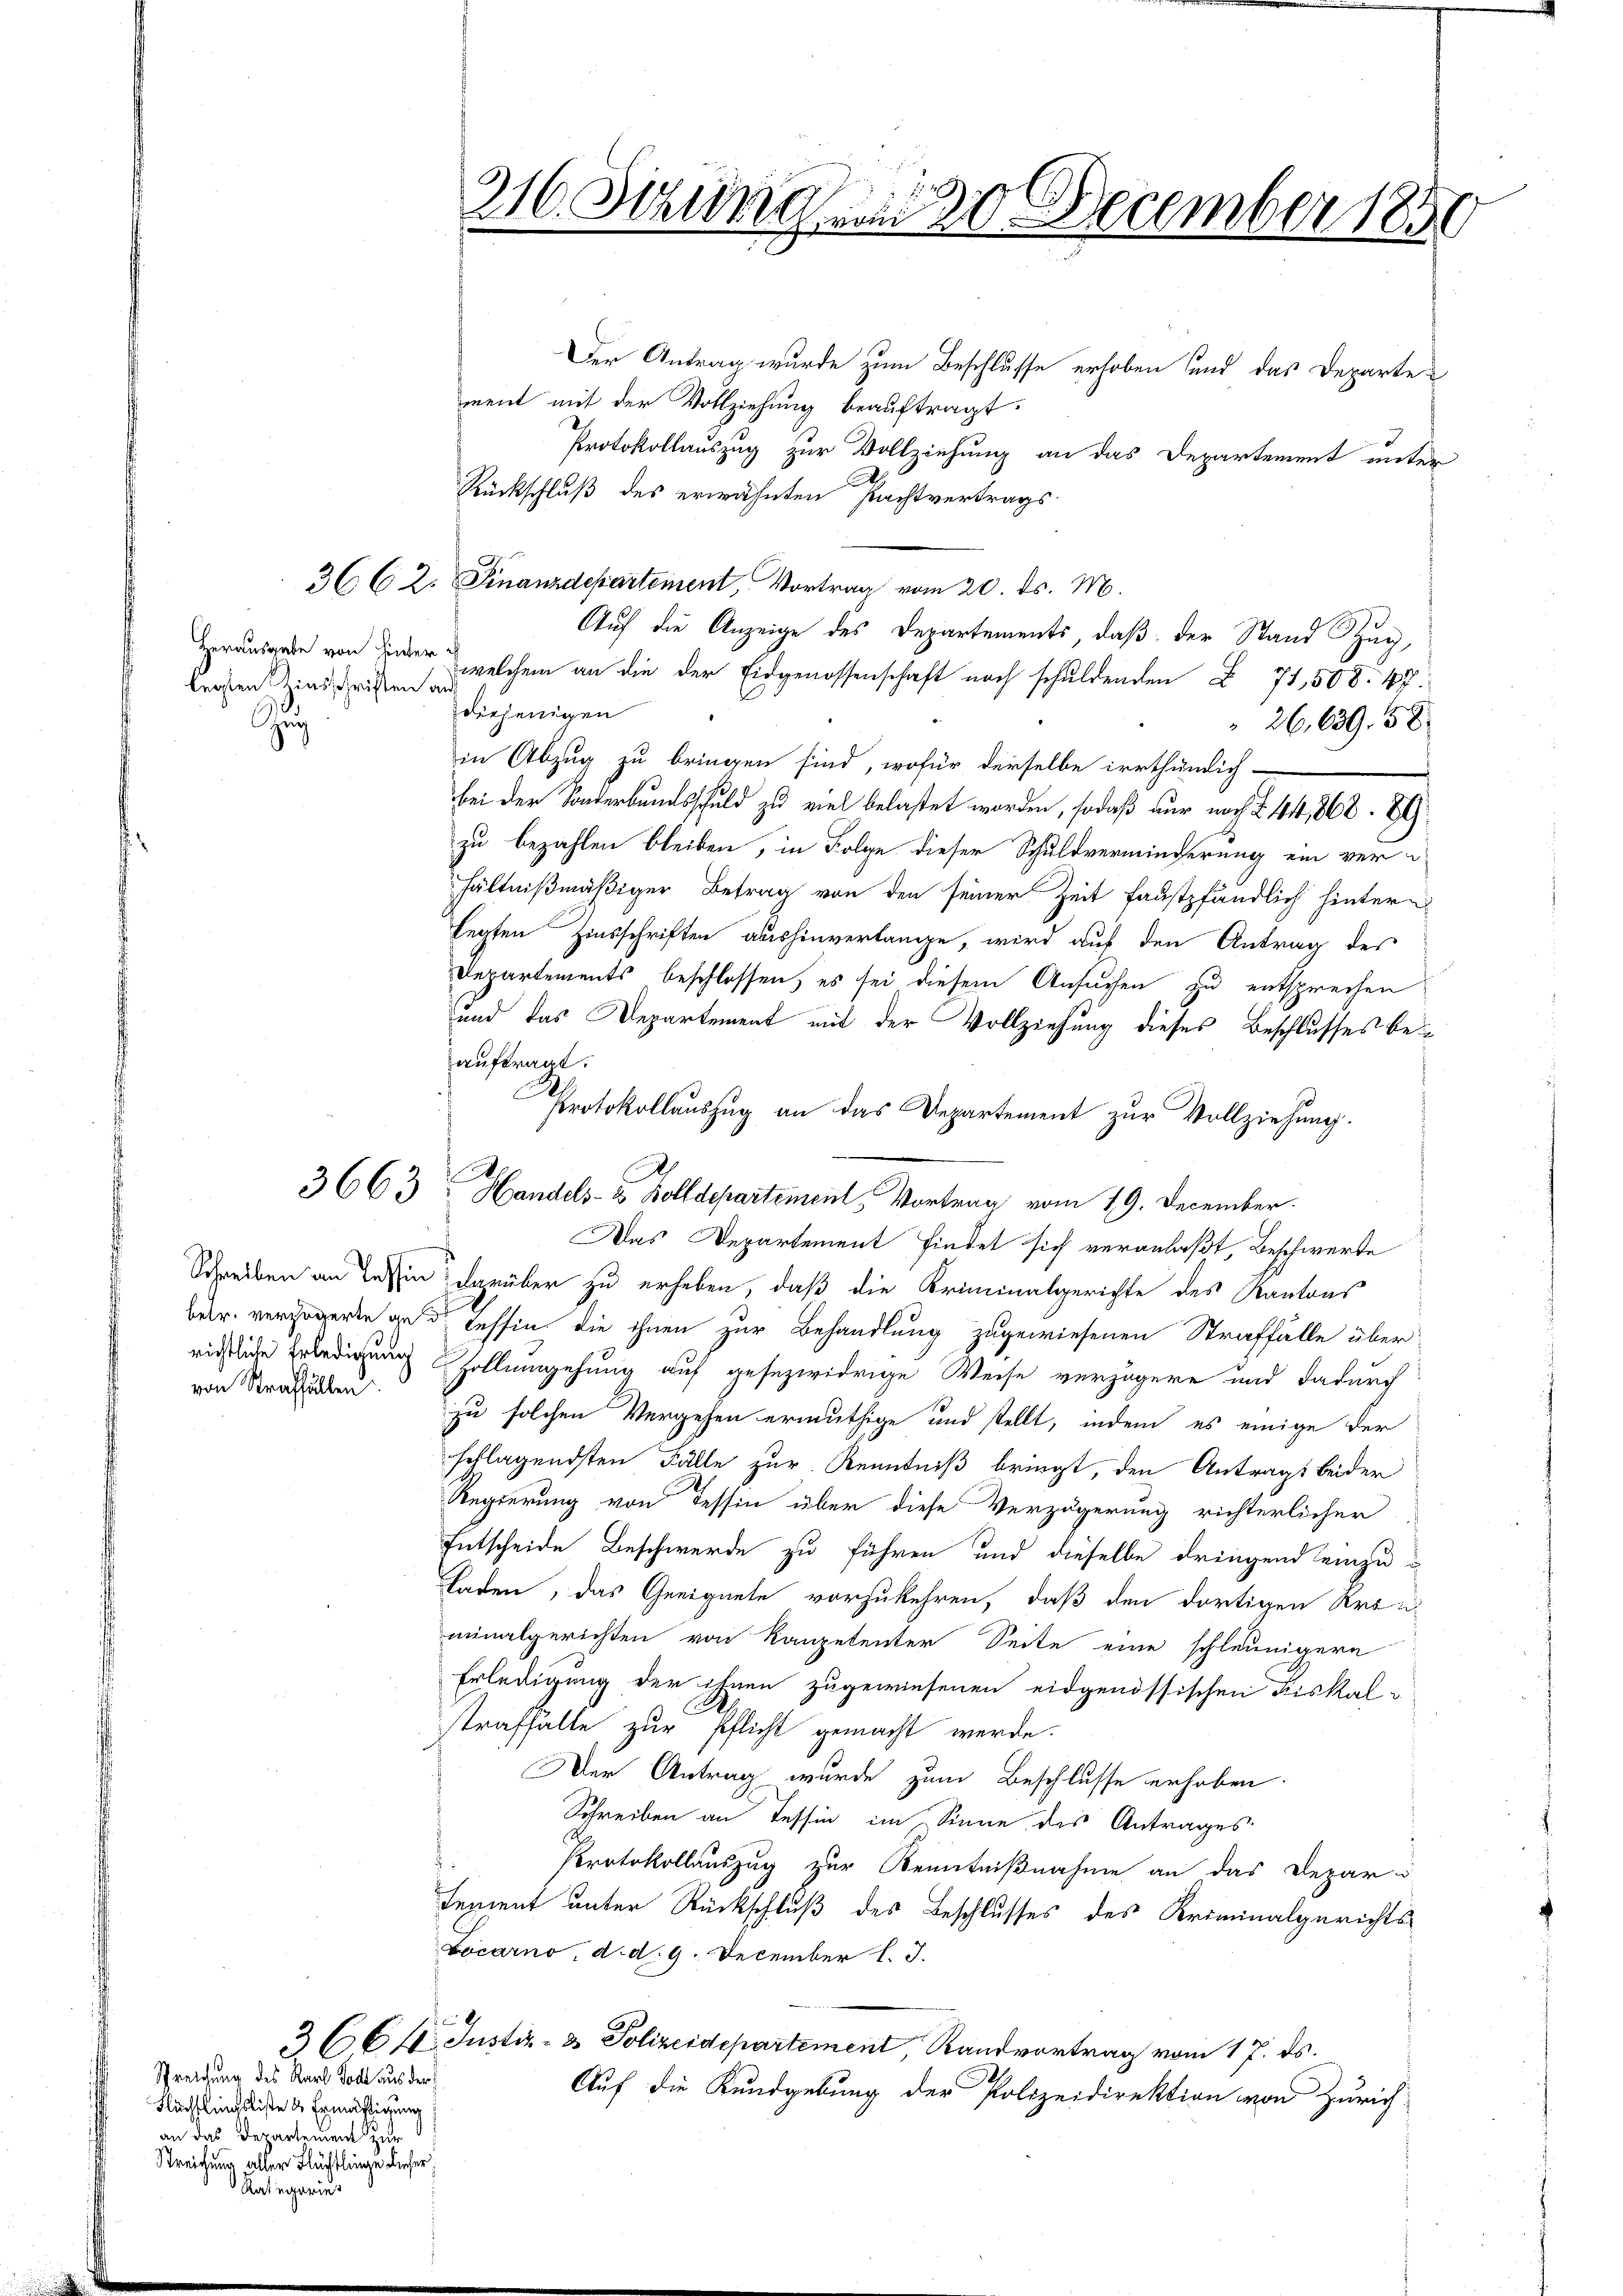
legsten Zinsschriften auf
Zu

von Straffällen

Sreichung des Karl Todt aus der
Flüchtlingsliste u Ermäßigung
an das Departement zur
Streichung aller Flüchtlinge dieser
Rategories

Der Antrag wurde zum Beschlusse erhoben und das Departe
ment mit der Vollziehung beauftragt.
Protokollauszug zur Vollziehung an das Departement unter
Rückschluß des erwähnten Pachtvertrags
36 C 2. Finanzdepartement, Vortrag vom 20. ds. M.
Auf die Anzeige des Departements, daß der Stand Zug,
Herausgabe von der welchem an die der Eidgenossenschaft noch schuldenden § 71,508. 47.
diejenigen
26,639. 58
in Abzug zu bringen sind, wofür derselbe irrthümlich-
bei der Sonderbundsschuld zu viel belastet worden, sodaß nur noch § 44, 862. 89
zu bezahlen bleiben, in Folge dieser Schuldverminderung ein verhältnißmäßiger Betrag von den seiner Zeit faustpfändlich hintern
legten Zinsschriften aushinverlange, wird auf den Antrag des
Departements beschlossen, es sei diesem Ansuchen zu entsprechen
und das Departement mit der Vollziehung dieses Beschlusses bei
auftragt.
Protokollauszug an das Departement zur Vollziehung.
Das Departement findet sich veranlaßt, Beschwerte
Schreiben an dessen darüber zu erheben, daß die Kriminalgerichte des Kantons
ber. verzögerte zu de Tessin die ihnen zur Behandlung zugewiesenen Straffälle über
richtliche Erledigung Hollumgehung auf gesezwidrige Weise verzögere und dadurch
zu solchen Vergehen ermuthige und stellt, indem es einige der
schlagendsten Fälle zur Kenntniß bringt, den Antrags beider
Regierung von Tessin über diese Verzögerung richterlicher
Entscheide Beschwerde zu führen und dieselbe dringend einzu¬
Laden, das Geeignete vorzukehren, daß den dortigen Krei
minalgerichten von Kompetenter Seite eine schleunigern
Erledigung der ihnen zugewiesenen eidgenössischen Fiskalstraffälle zur Pflicht gemacht werde.
Der Antrag wurde zum Beschlusse erhoben.
Schreiben an Tessin im Sinne des Antrages
Protokollauszug zur Kenntnißnahme an das Depar u
sement unter Rückschluß des Beschlusses des Kriminalgerichts¬
Locarno, d. d. 9. December l. J.
8
3 CC 10. Justiz- & Polizeidepartement Randvortrag vom 17. ds.
Auf die Kundgebung der Polizeidirektion von Zürich

216. Juridica 20 December 1850

3663 Handels- & Zolldepartement Vortrag vom 19. December.

s